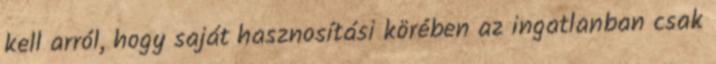
kell arról, hogy saját hasznosítási körében az ingatlanban csak